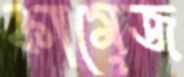
কামেজ